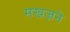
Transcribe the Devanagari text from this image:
मखज़ने